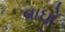
વાઘો